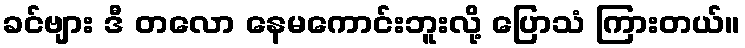
ခင်ဗျား ဒီ တလော နေမကောင်းဘူးလို့ ပြောသံ ကြားတယ်။